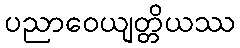
ပညာဝေယျတ္တိယဿ